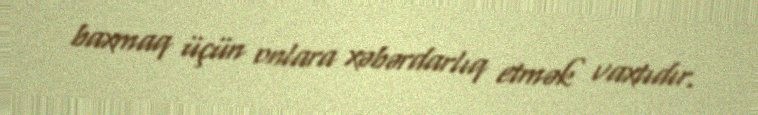
baxmaq üçün onlara xəbərdarlıq etmək vaxtıdır.